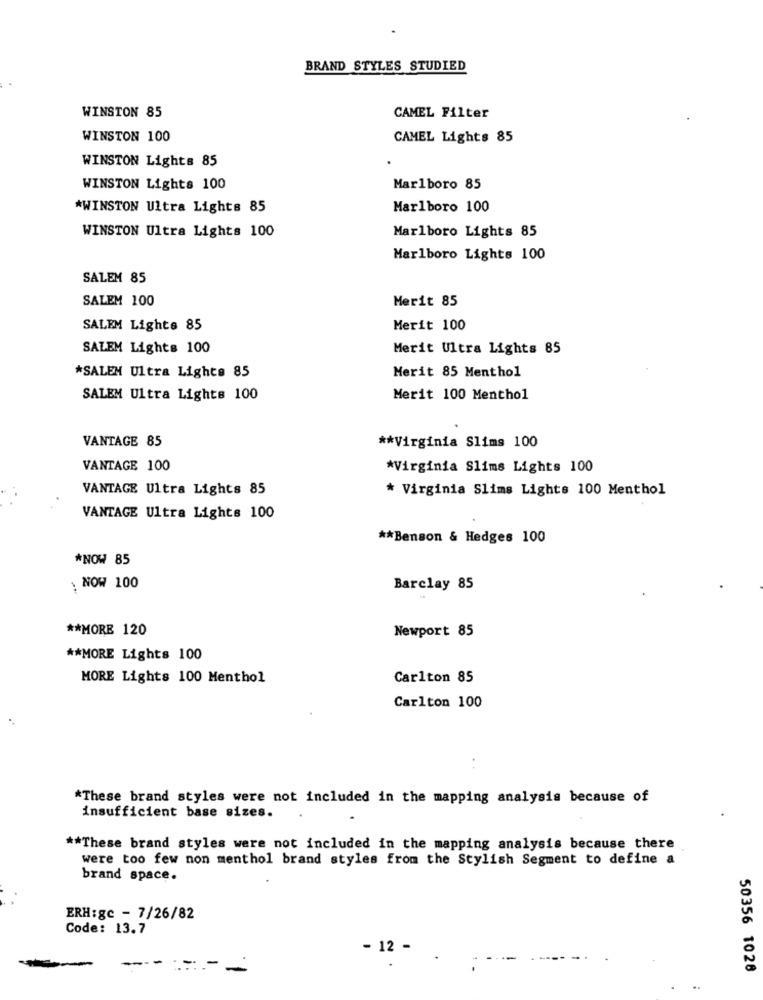
BRAND STYLES STUDIED
WINSTON 85
CAMEL Filter
WINSTON 100
CAMEL Lights 85
WINSTON Lights 85
WINSTON Lights 100
Marlboro 85
*WINSTON Ultra Lights 85
Marlboro 100
WINSTON Ultra Lights 100
Marlboro Lights 85
Marlboro Lights 100
SALEM 85
SALEM 100
Merit 85
SALEM Lights 85
Merit 100
SALEM Lights 100
Merit Ultra Lights 85
*SALEN Ultra Lights 85
Merit 85 Menthol
SALEM Ultra Lights 100
Merit 100 Menthol
VANTAGE 85
** Virginia Slims 100
VANTAGE 100
*Virginia Slims Lights 100
VANTAGE Ultra Lights 85
* Virginia Slims Lights 100 Menthol
VANTAGE Ultra Lights 100
** Benson & Hedges 100
*NOW 85
. NOW 100
Barclay 85
** MORE 120
Newport 85
** MORE Lights 100
MORE Lights 100 Menthol
Carlton 85
Carlton 100
. .
*These brand styles were not included in the mapping analysis because of
insufficient base sizes.
** These brand styles were not included in the mapping analysis because there
were too few non menthol brand styles from the Stylish Segment to define a
brand space.
ERH:gc - 7/26/82
Code: 13.7
- 12
---
=== =
50356 1026
..